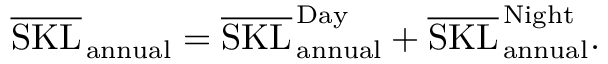
\overline { { \mathrm { S K L } } } _ { \, \mathrm { a n n u a l } } = \overline { { \mathrm { S K L } } } _ { \, \mathrm { a n n u a l } } ^ { \, \mathrm { D a y } } + \overline { { \mathrm { S K L } } } _ { \, \mathrm { a n n u a l } } ^ { \, \mathrm { N i g h t } } .